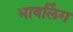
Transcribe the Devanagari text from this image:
भावलिंग